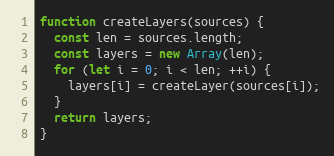
Language: JavaScript
function createLayers(sources) {
  const len = sources.length;
  const layers = new Array(len);
  for (let i = 0; i < len; ++i) {
    layers[i] = createLayer(sources[i]);
  }
  return layers;
}